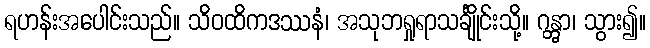
ရဟန်းအပေါင်းသည်။ သိဝထိကဒဿနံ၊ အသုဘရှုရာသင်္ချိုင်းသို့။ ဂန္တွာ၊ သွား၍။